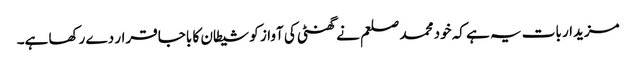
مزیدار بات یہ ہے کہ خود محمد صلعم نے گھنٹی کی آواز کو شیطان کا باجا قرار دے رکھا ہے۔